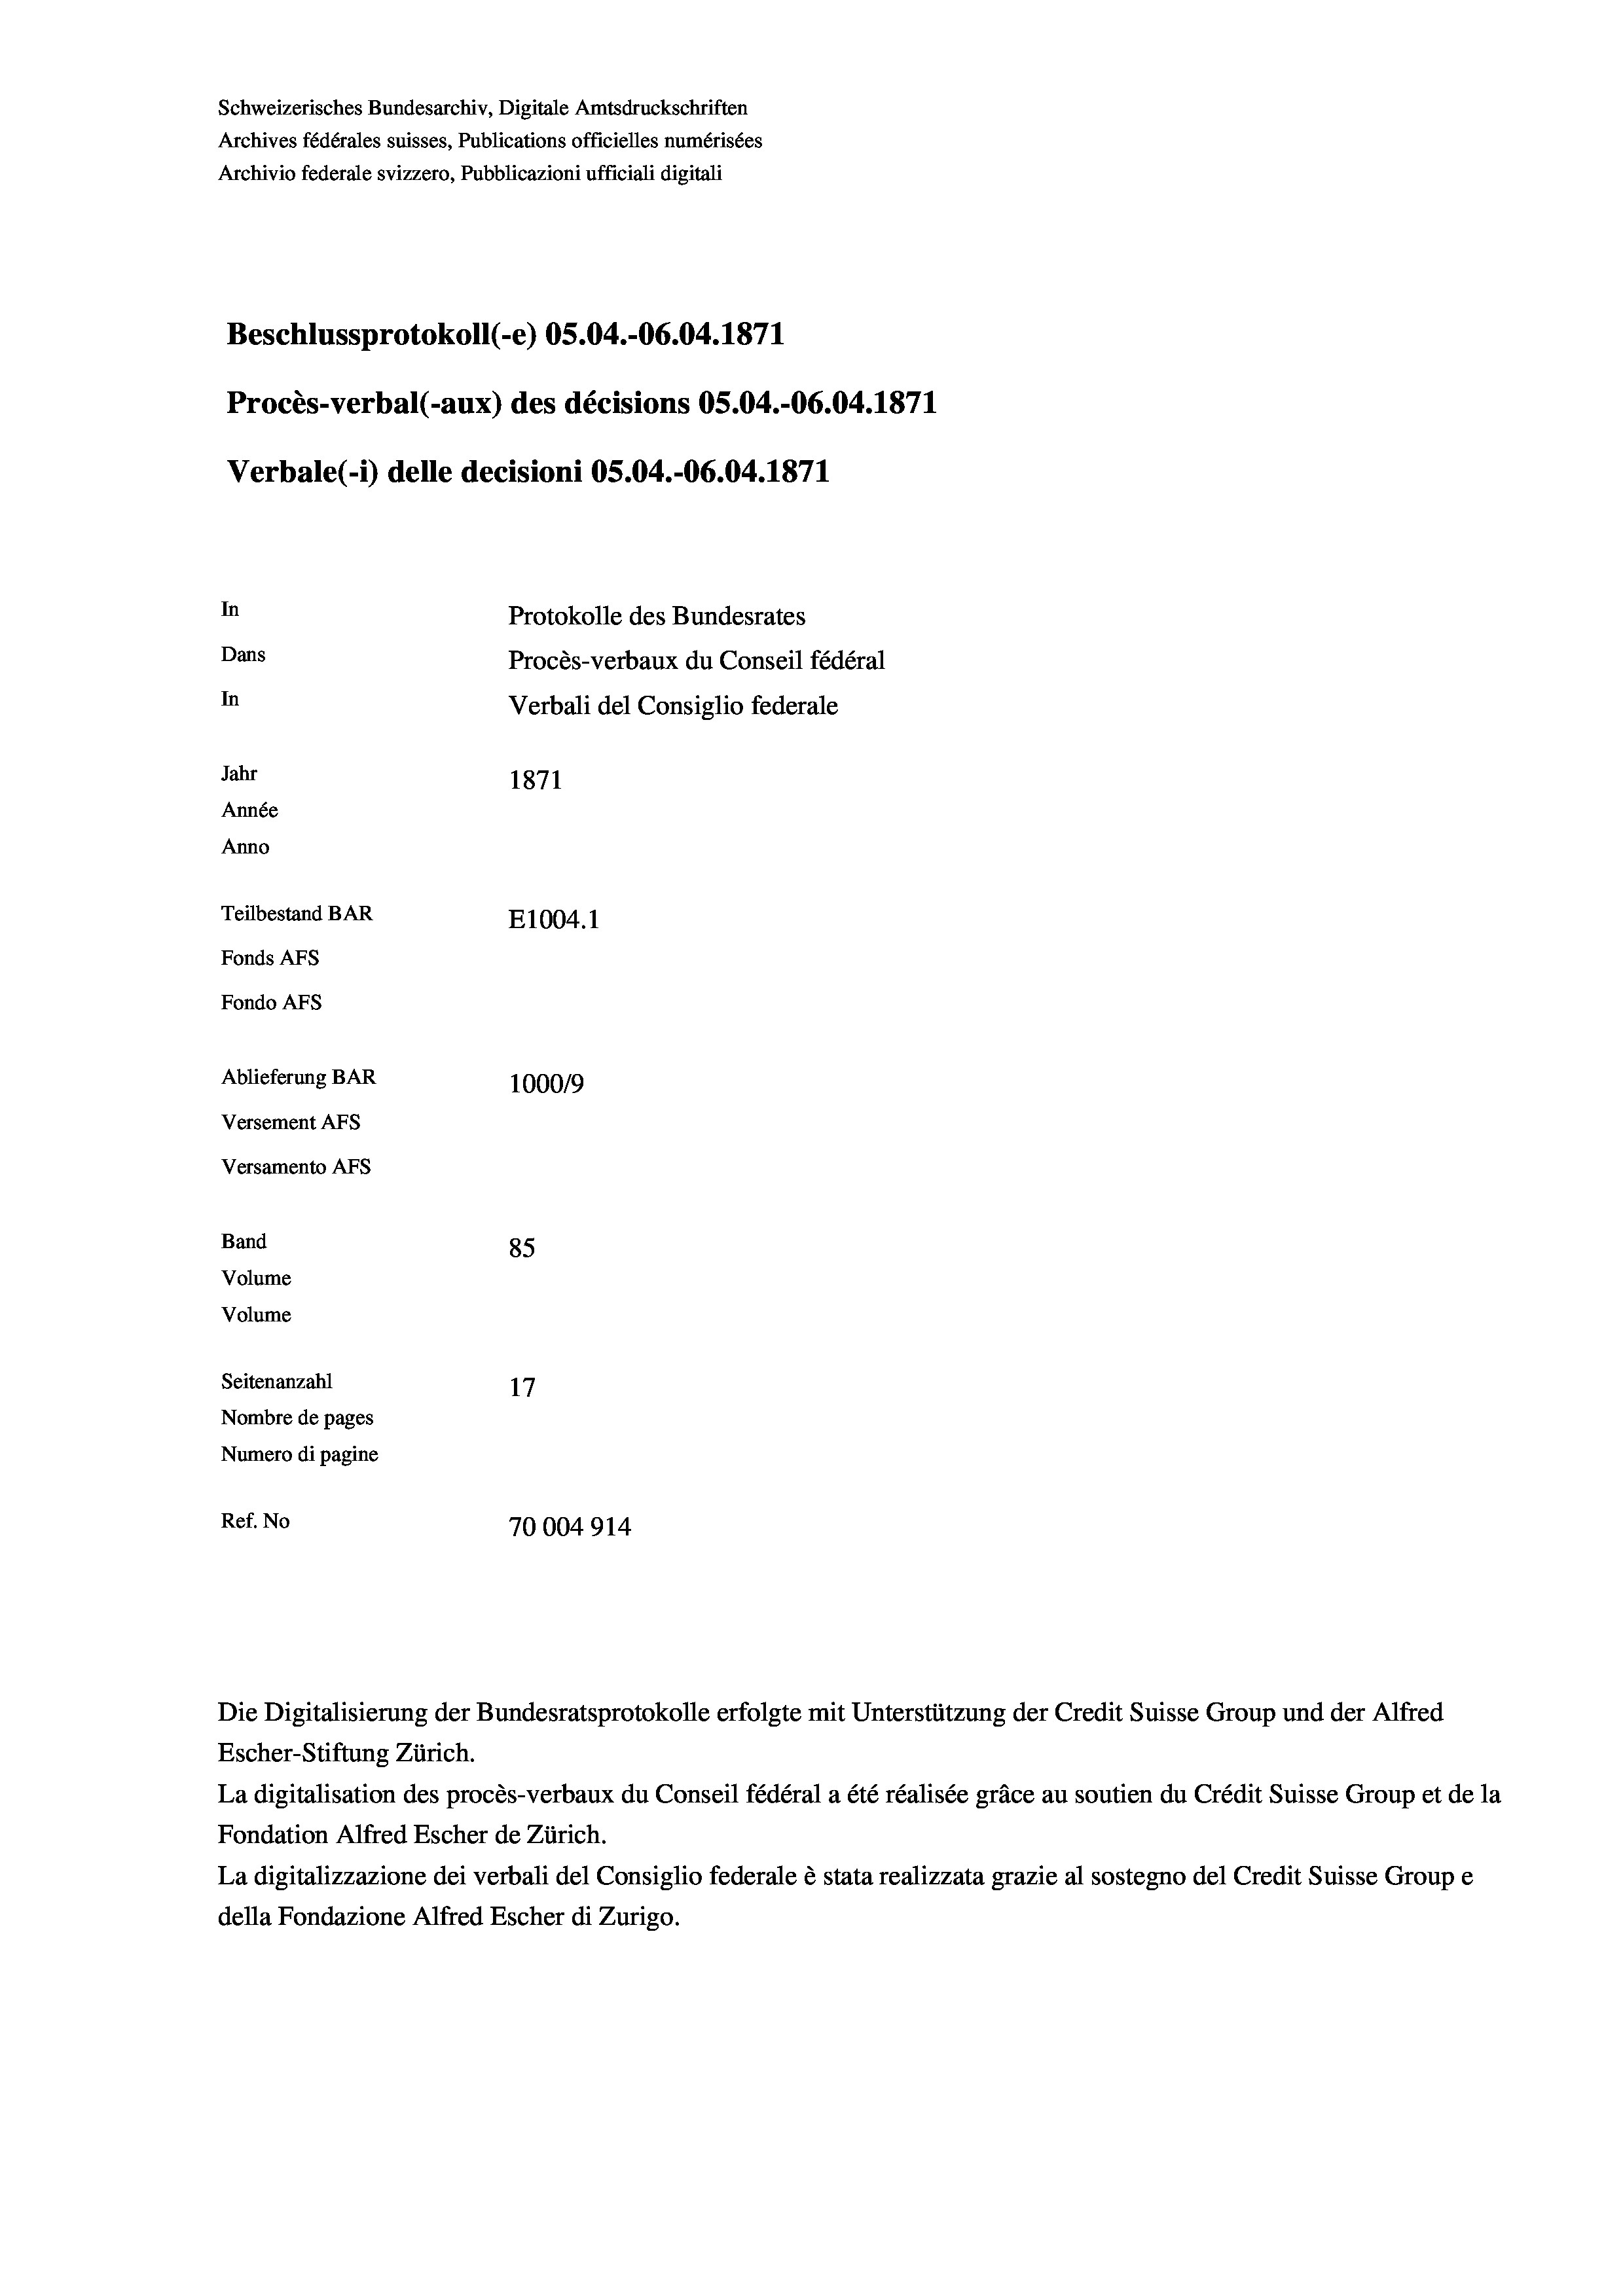
Schweizerisches Bundesarchiv, Digitale Amtsdruckschriften
Archives fédérales suisses, Publications officielles numérisées
Archivio federale svizzero, Pubblicazioni ufficiali digitali
Beschlussprotokoll (-e) OS.04.-06.04. 1871
Procès-verbal (-aux) des décisions OS.04.-06.04. 1871
Verbale (- 1) delle decisioni OS.04.-06.04. 1871
In
Protokolle des Bundesrates
Dans
Procès-verbaux du Conseil fédéral
In
Verbali del Consiglio federale
Jahr
1871
Année
Anno
Teilbestand BAR
E1004. 1
Fonds Afs
Fondo AFS
Ablieferung BAR
100019
Versement AFs
Versamento AFs
Band
85
Volume
Volume
Seitenanzahl
17
Nombre de pages
Numero di pagine
Ref. No
70004914

La digitalisation des procès-verbaux du Conseil fédéral a été réalisée gräce au soutien du Crédit Suisse Group et de la
Fondation Alfred Escher de Zürich.
La digitalizzazione dei verbali del Consiglio federale è stata realizzata grazie al sostegno del Credit Suisse Groupe
della Fondazione Alfred Escher di Zurigo.

Die Digitalisierung der Bundesratsprotokolle erfolgte mit Unterstützung der Credit Suisse Group und der Alfred
Escher-Stiftung Zürich.